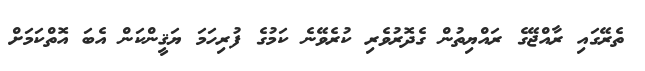
ތެރޭގައި ރާއްޖޭގެ ރައްޔިތުން ގެދޮރުވެރި ކުރެވޭނެ ކަމުގެ ފުރިހަމަ ޔަޤީންކަން އެބަ އޮތްކަމަށް